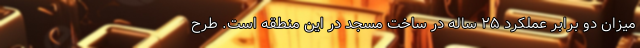
میزان دو برابر عملکرد ۲۵ ساله در ساخت مسجد در این منطقه است. طرح